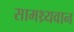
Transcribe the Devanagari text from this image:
सामथ्र्यवान